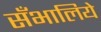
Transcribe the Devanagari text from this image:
सँभालिये